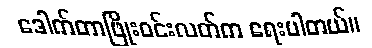
ဒေါက်တာဖြိုးဝင်းလတ်က ရေးပါတယ်။